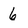
Character: 6